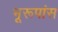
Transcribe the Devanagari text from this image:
भूरूपांस